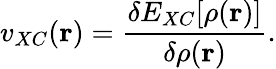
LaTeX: v_{XC}(\mathbf{r})=\frac{\delta E_{XC}[\rho(\mathbf{r})]}{\delta\rho(\mathbf{r})}.